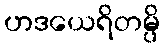
ဟဒယေရိတမ္ပိ